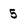
Character: 5